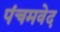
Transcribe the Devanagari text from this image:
पंचमवेद